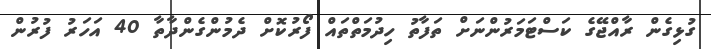
ގުޅިގެން ރާއްޖޭގެ ކަސްޓަމަރުންނަށް ތަފާތު ހިދުމަތްތައް ފޯރުކޮށް ދެމުންގެންދާތާ 40 އަހަރު ފުރުން